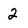
Character: 2